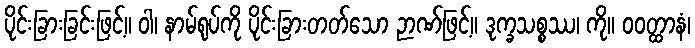
ပိုင်းခြားခြင်းဖြင့်။ ဝါ၊ နာမ်ရုပ်ကို ပိုင်းခြားတတ်သော ဉာဏ်ဖြင့်။ ဒုက္ခသစ္စဿ၊ ကို။ ဝဝတ္ထာနံ၊